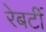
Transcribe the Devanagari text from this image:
रेबर्टी